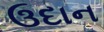
ઉદાન